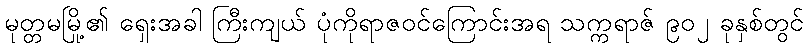
မုတ္တမမြို့၏ ရှေးအခါ ကြီးကျယ် ပုံကိုရာဇဝင်ကြောင်းအရ သက္ကရာဇ် ၉၀၂ ခုနှစ်တွင်